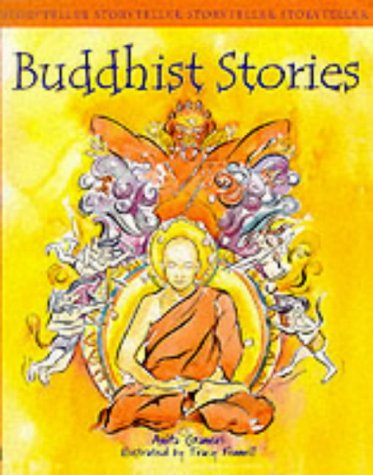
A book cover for Buddhist Stories (Storyteller); Anita Ganeri; Teen & Young Adult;